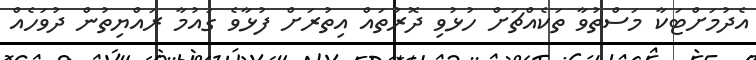
އެދުމަށްޓަކާ މަސްތުވާ ތަކެއްޗަށް ހުޅުވި ދޮރުތައް އިތުރަށް ފުޅާވެ ގައުމާ ރައްޔިތުން ދުވަހެއް